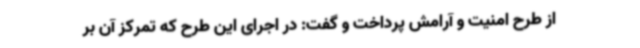
از طرح امنیت و آرامش پرداخت و گفت: در اجرای این طرح که تمرکز آن بر